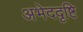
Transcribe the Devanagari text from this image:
अभेददृष्टि